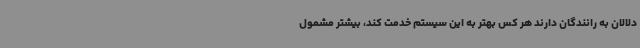
دلالان به رانندگان دارند هر کس بهتر به این سیستم خدمت کند، بیشتر مشمول